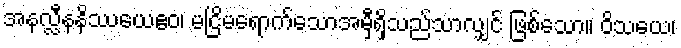
အနလ္လီနနိဿယေဧဝ၊ မငြိမရောက်သောအမှီရှိသည်သာလျှင် ဖြစ်သော။ ဝိသယေ၊